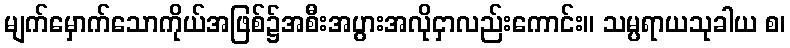
မျက်မှောက်သောကိုယ်အဖြစ်၌အစီးအပွားအလိုငှာလည်းကောင်း။ သမ္ပရာယသုခါယ စ၊